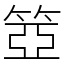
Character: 𥮳